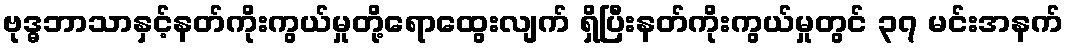
ဗုဒ္ဓဘာသာနှင့်နတ်ကိုးကွယ်မှုတို့ရောထွေးလျက် ရှိပြီးနတ်ကိုးကွယ်မှုတွင် ၃၇ မင်းအနက်